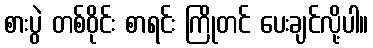
စားပွဲ တစ်ဝိုင်း စာရင်း ကြိုတင် ပေးချင်လို့ပါ။